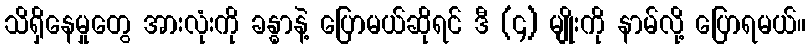
သိရှိနေမှုတွေ အားလုံးကို ခန္ဓာနဲ့ ပြောမယ်ဆိုရင် ဒီ (၄) မျိုးကို နာမ်လို့ ပြောရမယ်။